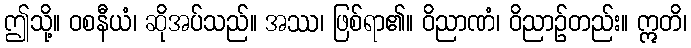
ဤသို့။ ဝစနီယံ၊ ဆိုအပ်သည်။ အဿ၊ ဖြစ်ရာ၏။ ဝိညာဏံ၊ ဝိညာဉ်တည်း။ ဣတိ၊